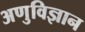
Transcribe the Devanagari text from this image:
अणुविज्ञान